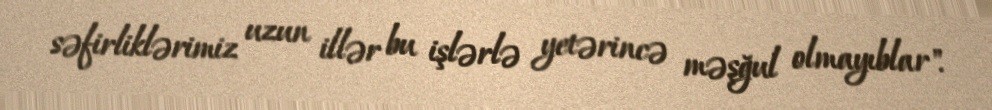
səfirliklərimiz uzun illər bu işlərlə yetərincə məşğul olmayıblar".